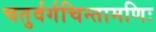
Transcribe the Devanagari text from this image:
चतुर्वर्गचिन्तामणिः